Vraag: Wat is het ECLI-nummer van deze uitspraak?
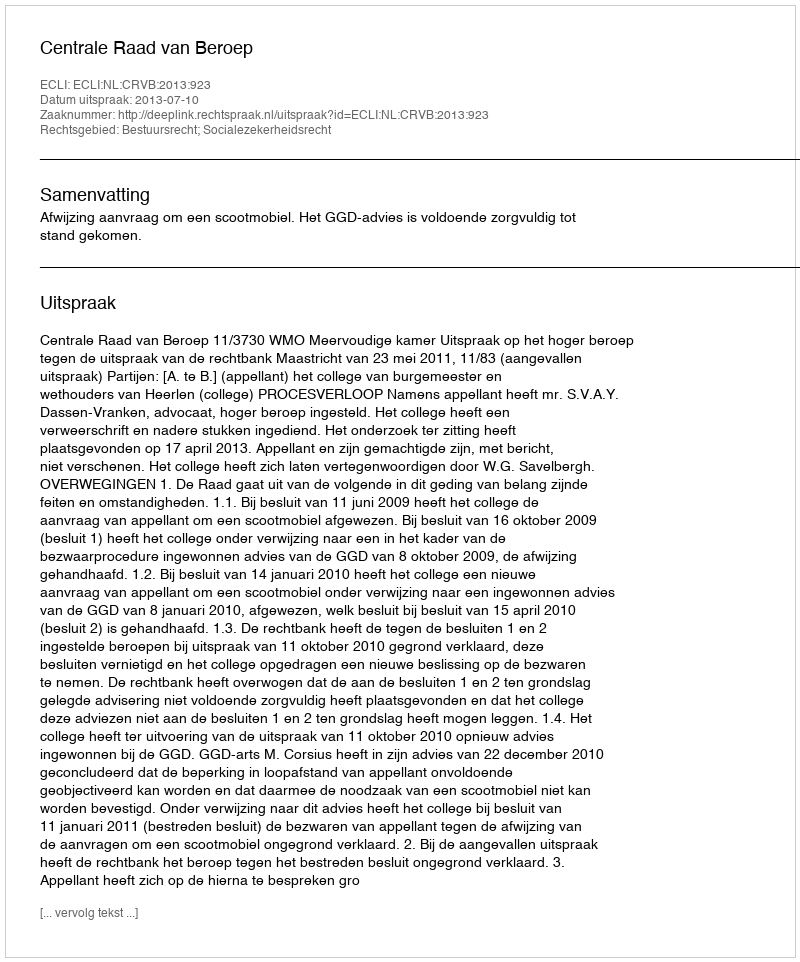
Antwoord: ECLI:NL:CRVB:2013:923